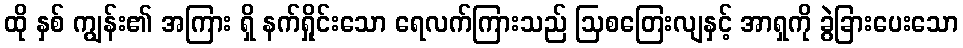
ထို နှစ် ကျွန်း၏ အကြား ရှိ နက်ရှိုင်းသော ရေလက်ကြားသည် ဩစတြေးလျနှင့် အာရှကို ခွဲခြားပေးသော